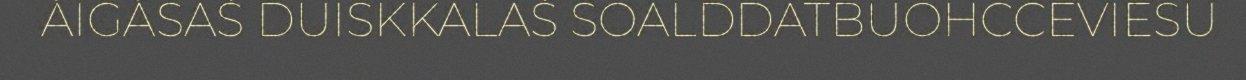
ÁIGÁSAŠ DUISKKALAŠ SOALDDATBUOHCCEVIESU